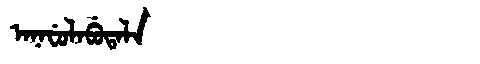
Manchu: ᠠᠨᠠᠸᡠᠯᠠᠪᡠᡨᠠᠯᠠ
Romanization: ANAFULABUTALA